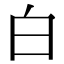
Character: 白